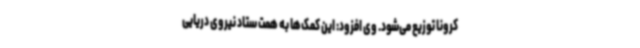
کرونا توزیع می‌شود. وی افزود: این کمک‌ها به همت ستاد نیروی دریایی